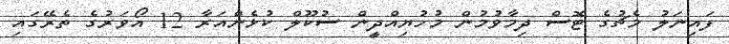
ފައިނަލު މެޗުގެ ޓޮސް ދިމާވުމުން މުހުޔިއްދީން ސުކޫލް ކުޅެންއަރާ 12 އޯވަރުގެ ތެރޭގައި